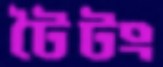
টৈটং